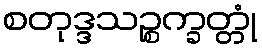
စတုဒ္ဒသဉ္စက္ခတ္တုံ